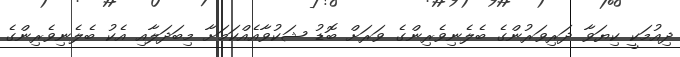
ދިއުމަކީ ކިޔަވާ ދަރިވަރުންގެ ބެލެނިވެރިންގެ ވަރަށް ބޮޑު ޝަކުވާއެއްކަމަށާ މިބަދަލާއި އެކު ބެލެނިވެރިންގެ